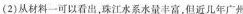
(2)从材料一可以看出，珠江水系水量丰富，但近几年广州